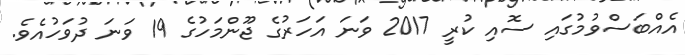
އެއްބަސްވުމުގައި ސޮއި ކުރީ 2017 ވަނަ އަހަރުގެ ޖޫންމަހުގެ 19 ވަނަ ދުވަހުއެވެ.